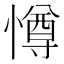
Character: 𭞵